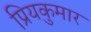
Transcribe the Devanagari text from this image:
प्रियकुमार